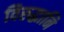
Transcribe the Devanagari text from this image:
विरुद्धानि